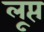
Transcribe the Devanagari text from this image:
लूप्त